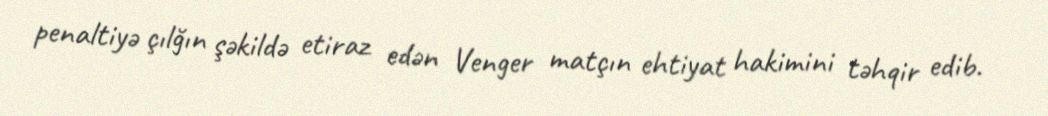
penaltiyə çılğın şəkildə etiraz edən Venger matçın ehtiyat hakimini təhqir edib.